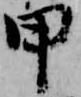
甲